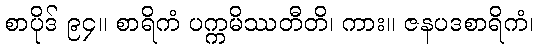
စာပိုဒ် ၉၄။ စာရိကံ ပက္ကမိဿတီတိ၊ ကား။ ဇနပဒစာရိကံ၊